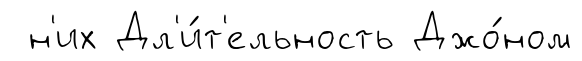
н'их Дл'и́т'ельность Джо́ном